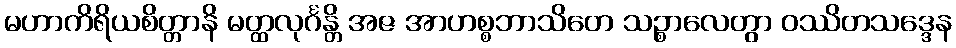
မဟာကိရိယစိတ္တာနိ မတ္ထလုင်္ဂန္တိ အဇ အာဟစ္စဘာသိတေ သဉ္စာလေတွာ ဝဿိတသဒ္ဒေန